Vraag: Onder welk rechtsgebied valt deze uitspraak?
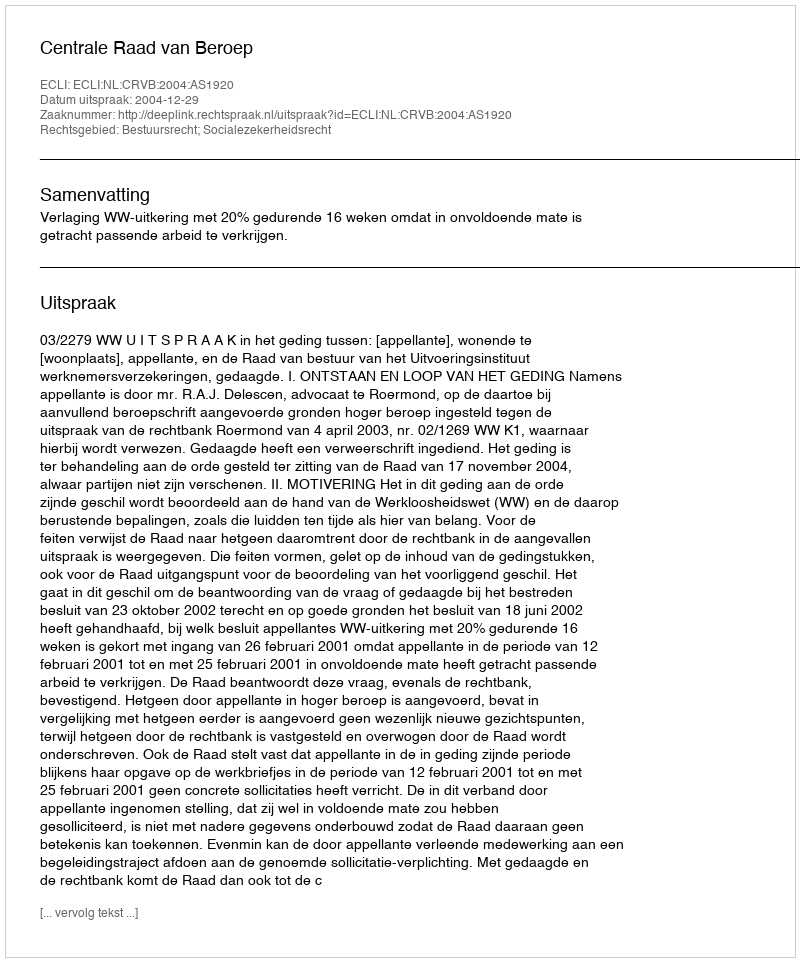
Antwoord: Bestuursrecht; Socialezekerheidsrecht